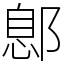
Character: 鄎